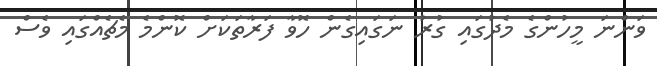
ވަންނަ މީހުންގެ މެދުގައި ގުރު ނަގައިގެން ހޮވާ ފަރާތަކަށް ކޮންމެ މެޗެއްގައި ވެސް